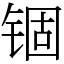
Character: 锢